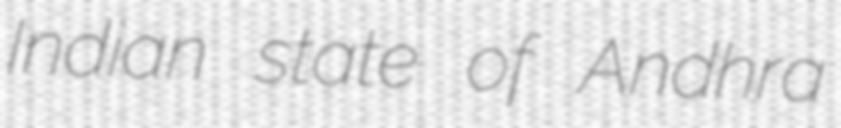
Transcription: Indian state of Andhra